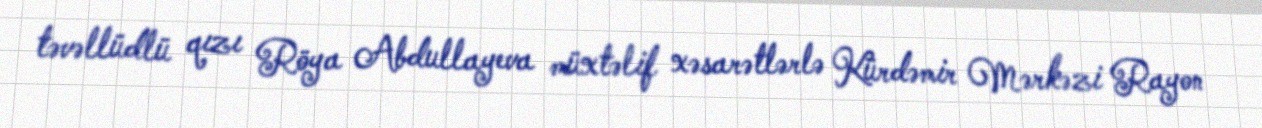
təvəllüdlü qızı Röya Abdullayeva müxtəlif xəsarətlərlə Kürdəmir Mərkəzi Rayon